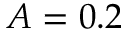
A = 0 . 2